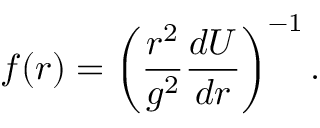
f ( r ) = \left( \frac { r ^ { 2 } } { g ^ { 2 } } \frac { d U } { d r } \right) ^ { - 1 } .